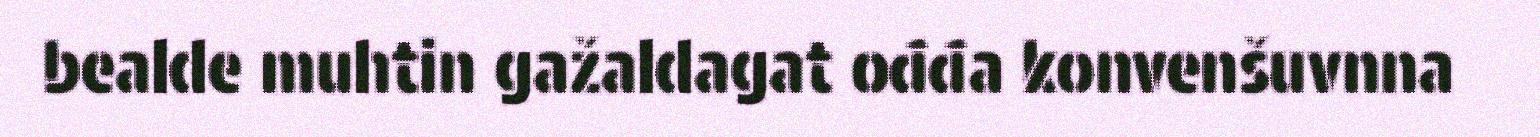
bealde muhtin gažaldagat ođđa konvenšuvnna